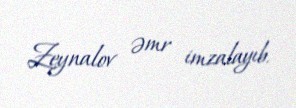
Zeynalov əmr imzalayıb.